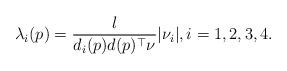
LaTeX: \begin{align*}\lambda_i(p)=\frac{l}{d_i(p)d(p)^\top\nu}|\nu_i|,i=1,2,3,4.\end{align*}